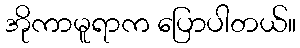
အိုကာမူရာက ပြောပါတယ်။